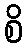
စိ